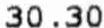
30.30